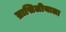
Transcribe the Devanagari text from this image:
ब्रासिलीयाला